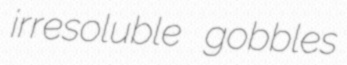
irresoluble gobbles